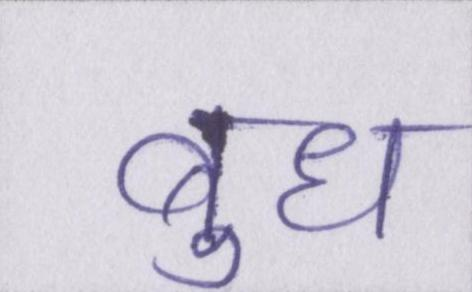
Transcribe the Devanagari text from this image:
बुध